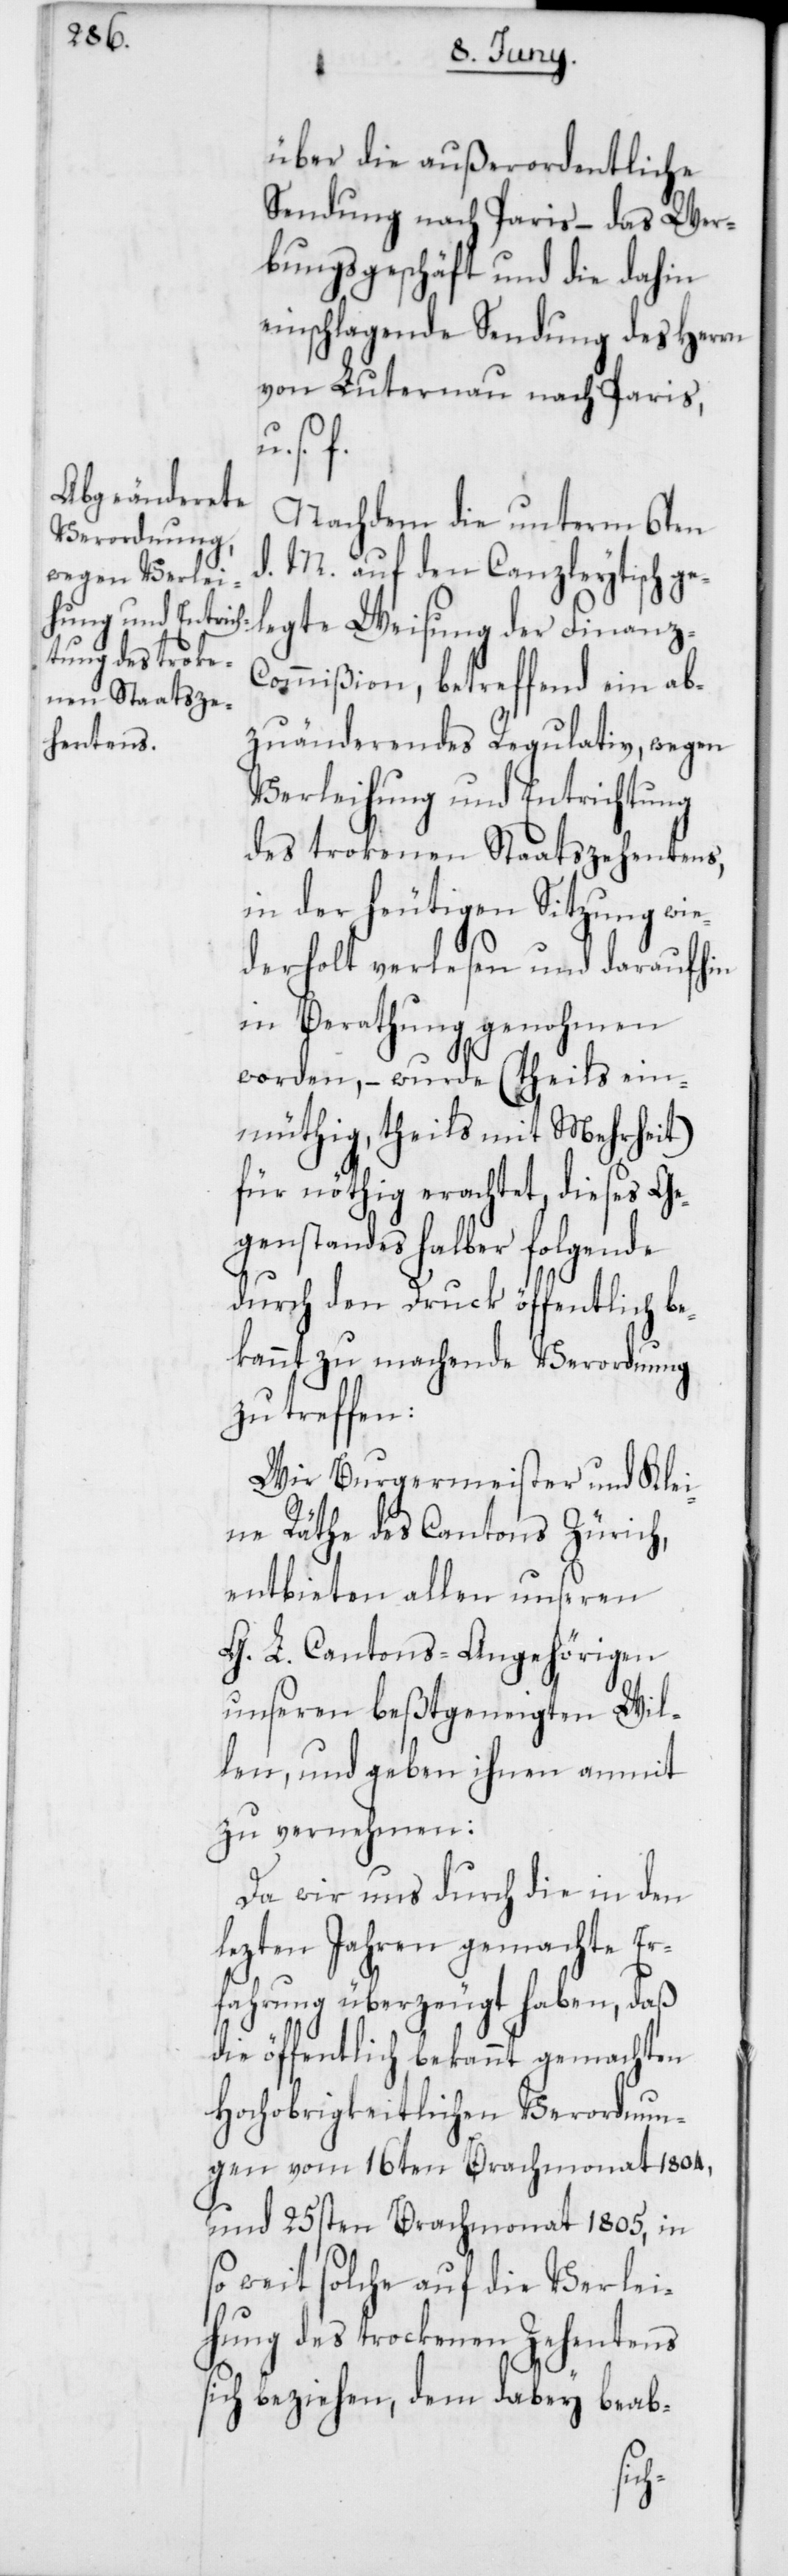
über die außerordentliche
Sendung nach Paris – das Wer¬
bungsgeschäft und die dahin
einschlagende Sendung des Herrn
von Luternau nach Paris,
s. f.
Nachdem die unterm 6ten
d. M. auf den Canzleytisch ge¬
legte Weisung der Finanz-C¬
ommißion, betreffend ein ab¬
zuänderendes Regulativ, wegen
Verleihung und Entrichtung
des trokenen Staatszehentens,
in der heutigen Sitzung wie¬
derholt verlesen und daraufhin
in Berathung genohmen
worden, – wurde (theils ein¬
müthig, theils mit Mehrheit)
für nöthig erachtet, dieses Ge¬
genstandes halber folgende
durch den Druck öffentlich be¬
kannt zu machende Verordnung
zu treffen:
Wir Burgermeister und Klei¬
ne Räthe des Cantons Zürich,
entbieten allen unseren
G. L. Cantons-Angehörigen
unseren beßtgeneigten Wil¬
len, und geben ihnen anmit
zu vernehmen:
Da wir uns durch die in den
lezten Jahren gemachte Er¬
fahrung überzeugt haben, daß
e öffentlich bekannt gemachten
Hochobrigkeitlichen Verordnun¬
gen vom 16ten Brachmonat 1804
und 25sten Brachmonat 1805, in
so weit solche auf die Verlei¬
hung des trockenen Zehentens
sich beziehen, dem dabey beab-
di¬